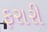
ફરારી